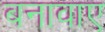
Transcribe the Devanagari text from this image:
बनावाए